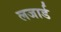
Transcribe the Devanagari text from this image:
लजार्ड